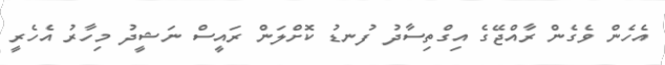
އެހެން ވެގެން ރާއްޖޭގެ އިގްތިސާދު ފުނޑު ކޮށްލަން ރައީސް ނަޝީދު މިހާރު އެހެރީ